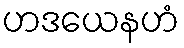
ဟဒယေနဟံ